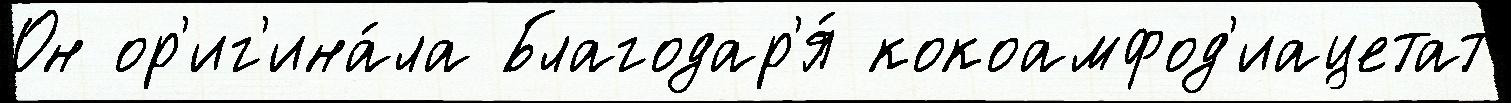
Он ор'иг'ина́ла Благодар'я́ кокоамфод'иацетат